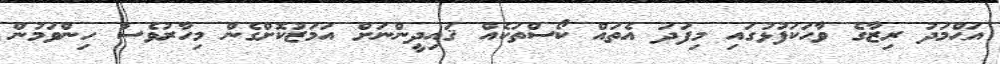
އަޙްމަދު ރިޒާގެ ވާހަކަފުޅުގައި މިފަދަ އެތައް ކޯސްތަކެއް ޤައިދީންނަށް އަމަޒުކޮށްގެން މިހާރުވެސް ހިންވަމުން